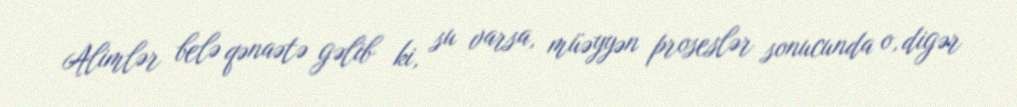
Alimlər belə qənaətə gəlib ki, su varsa, müəyyən proseslər sonucunda o, digər